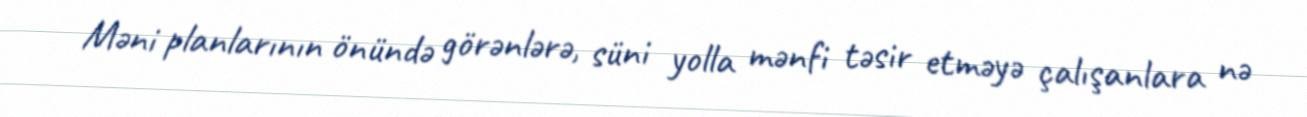
Məni planlarının önündə görənlərə, süni yolla mənfi təsir etməyə çalışanlara nə